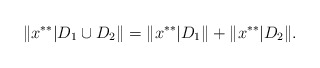
\begin{align*}\|x^{**}|D_1\cup D_2\|=\|x^{**}|D_1\|+\|x^{**}|D_2\|.\end{align*}